Black-water fever - Number 35
Disease focus: Fever
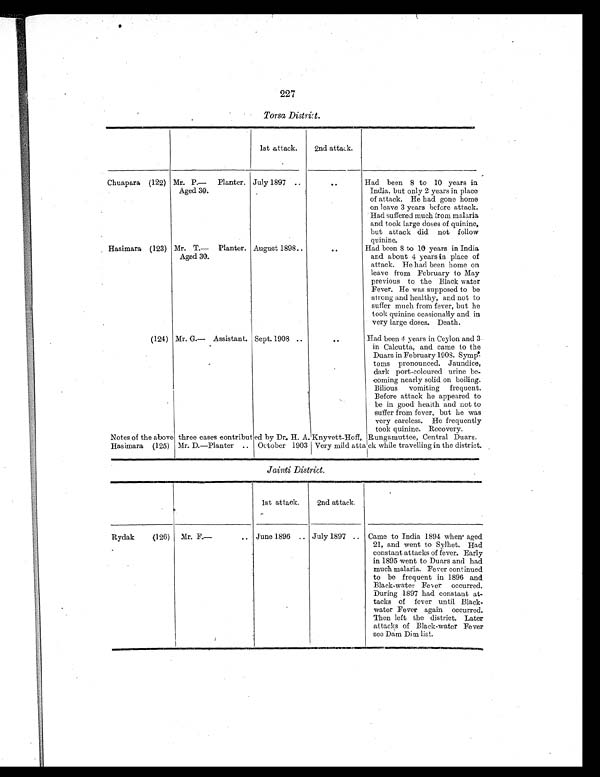
227
Torsa District.
1st attack.
2nd attack.
Chuapara (122) Mr. P.— Planter.
Aged 30.
July 1897 ..
..
Had been 8 to 10 years in
India, but only 2 years in place
of attack. He had gone home
on leave 3 years before attack.
Had suffered much from malaria
and took large doses of quinine,
but attack did not follow
quinine.
Hasimara (123) Mr. T.— Planter.
Aged 30.
August 1898 ..
. .
Had been 8 to 10 years in India
and about 4 years in place of
attack. He had been home on
leave from February to May
previous to the Black water
Fever. He was supposed to be
strong and healthy, and not to
suffer much from fever, but he
took quinine ocasionally and in
very large doses. Death.
(124) Mr. G.— Assistant. Sept. 1908 ..
..
Had been 4 years in Ceylon and 3
in Calcutta, and came to the
Duars in February 1908. Symp
toms pronounced. Jaundice,
dark port-coloured urine be-
coming nearly solid on boiling.
Bilious vomiting frequent.
Before attack he appeared to
be in good health and not to
suffer from fever, but he was
very careless. He frequently
took quinine. Recovery.
Notes of the above three cases contributed by Dr. H. A. Knyvett-Hoff, Rungamuttee, Central Duars.
Hasimara (125) Mr. D.—Planter .. October 1903 Very mild attack while travelling in the district.
Jainti District.
1st attack.
2nd attack.
Rydak
(126)
Mr. F.—
.. June 1896 .. July 1897 .. Came to India 1894 when aged
21, and went to Sylhet. Had
constant attacks of fever. Early
in 1895 went to Duars and had
much malaria. Fever continued
to be frequent in 1896 and
Black-water Fever occurred.
During 1897 had constant at-
tacks of fever until Black-
water Fever again occurred.
Then left the district. Later
attacks of Black-water Fever
see Dam Dim list.